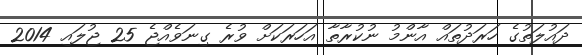
ދައުލަތުގެ ހަރަދުތައް އާންމު ނުކުރާތާ އަހަރަކަށް ވުރެ ގިނަވެއްޖެ 25 ޖުލައި 2014